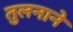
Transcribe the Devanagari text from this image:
तुलनाने